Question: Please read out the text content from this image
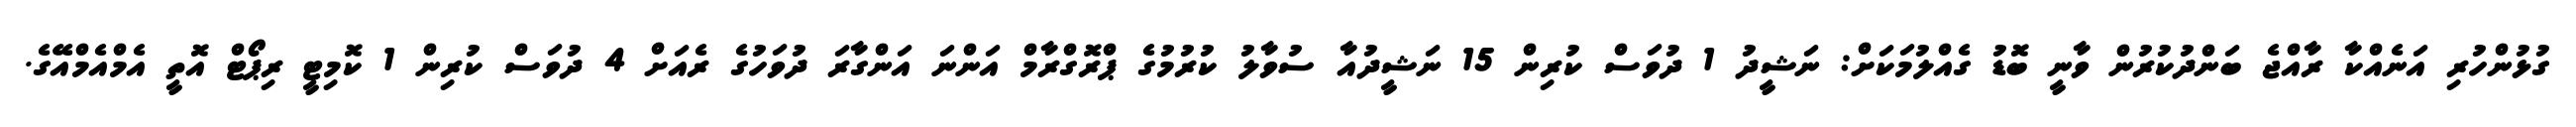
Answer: ގުޅުންހުރި އަނެއްކާ ރާއްޖެ ބަންދުކުރުން ވާނީ ބޮޑު ގެއްލުމަކަށް: ނަޝީދު 1 ދުވަސް ކުރިން 15 ނަޝީދުއާ ސުވާލު ކުރުމުގެ ޕްރޮގްރާމް އަންނަ އަންގާރަ ދުވަހުގެ ރެއަށް 4 ދުވަސް ކުރިން 1 ކޮމިޓީ ރިޕޯޓް އޮތީ އެމްއެމްއޭގެ.